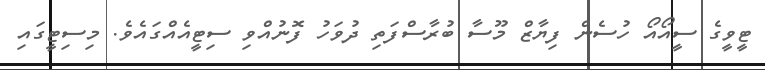
ޓީވީގެ ސީއޯއޯ ހުސެން ފިޔާޒް މޫސާ ބުރާސްފަތި ދުވަހު ފޮނުއްވި ސިޓީއެއްގައެވެ. މިސިޓީގައި